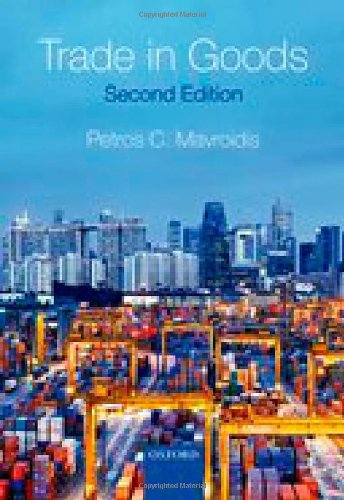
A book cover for Trade in Goods; Petros C. Mavroidis; Law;